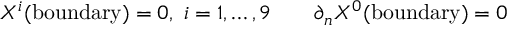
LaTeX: X ^ { i } ( \mathrm { b o u n d a r y } ) = 0 , ~ i = 1 , \dots , 9 \qquad \partial _ { n } X ^ { 0 } ( \mathrm { b o u n d a r y } ) = 0